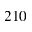
2 1 0